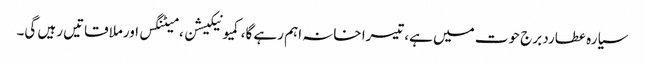
سیارہ عطارد برج حوت میں ہے،تیسرا خانہ اہم رہے گا،کمیونیکیشن ، میٹنگس اورملاقاتیں رہیں گی۔